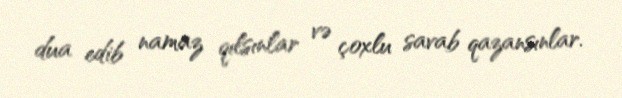
dua edib namaz qılsınlar və çoxlu savab qazansınlar.